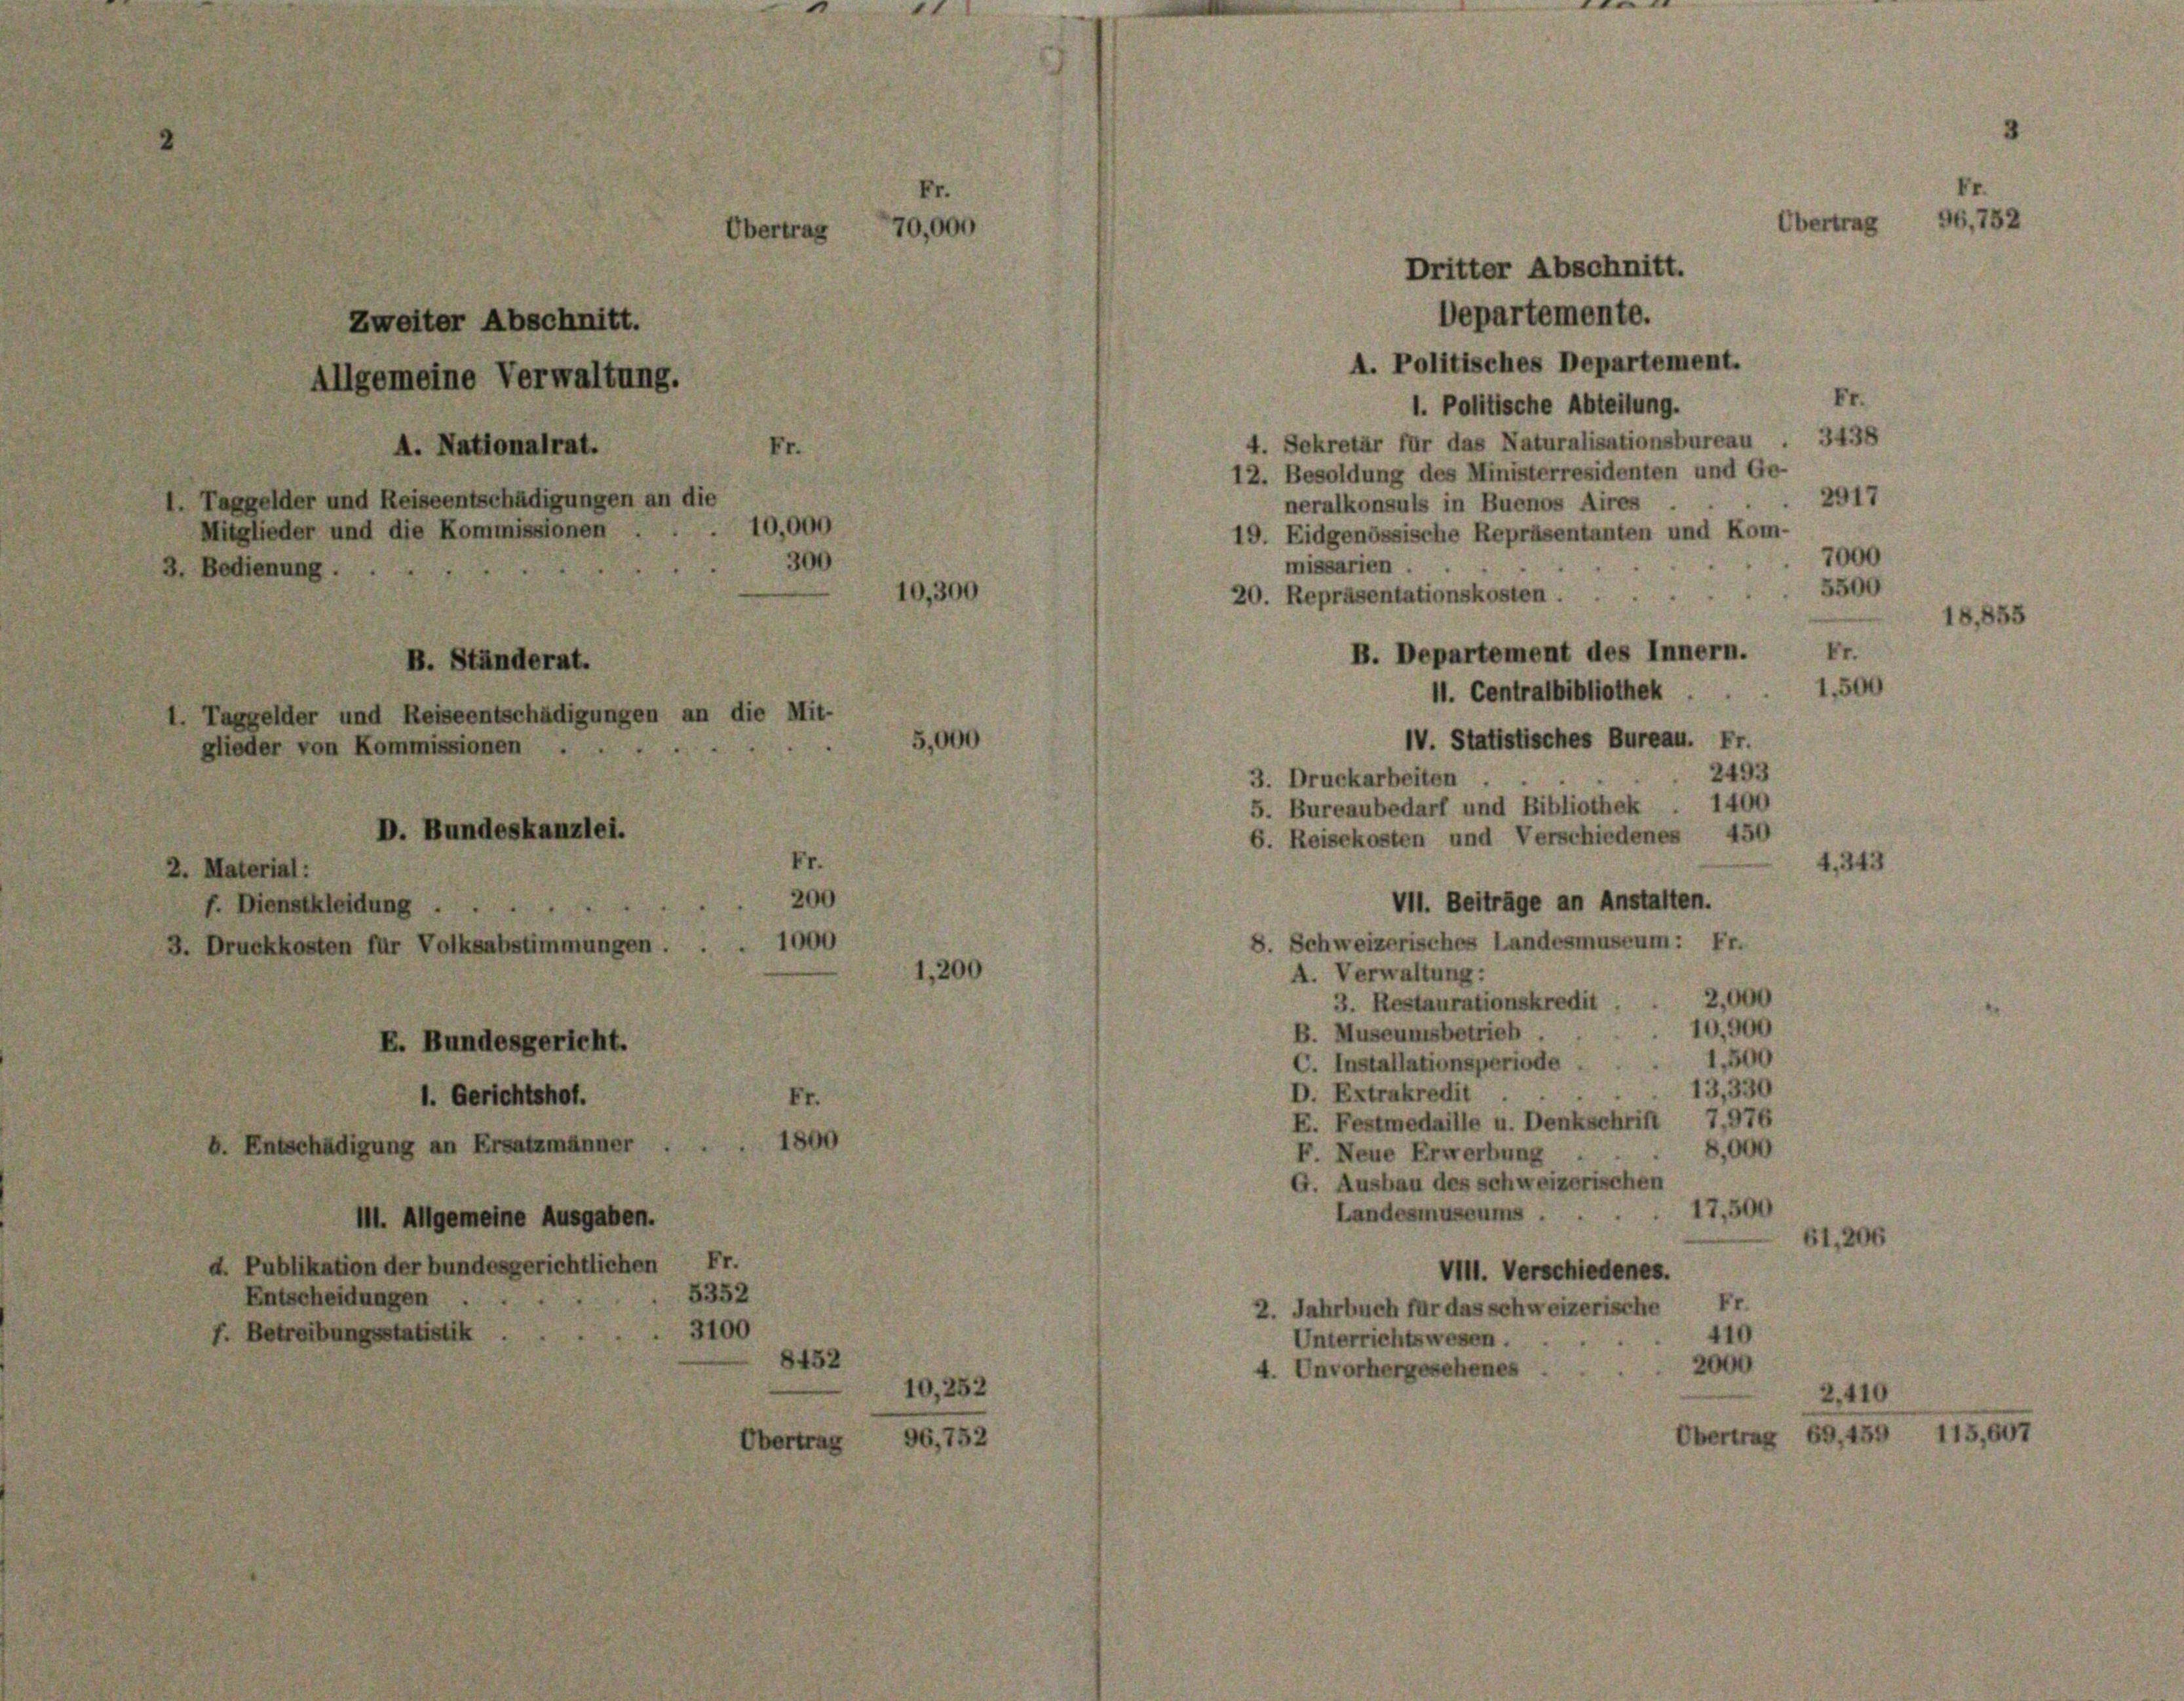
Zweiter Abschnitt.
Allgemeine Verwaltung.
A. Nationalrat.
1. Taggelder und Reiseentschädigungen an die
Mitglieder und die Kommissionen
3. Bedienung.

2. Material:
f. Dienstkleidung . .

B. Ständerat.
1. Taggelder und Reiseentschädigungen an die Mi
glieder von Kommissionen
D. Bundeskanzlei.
1.
3. Druckkosten für Volksabstimmungen
E. Bundesgericht.
1. Gerichtshof.
b. Entschädigung an Ersatzmänner
II. Allgemeine Ausgaben.

d. Publikation der bundesgerichtlichen Fr.
53.
Entscheidungen
31
f. Betreibungsstatistik

Fr.
70,000
Übertrag

10,000

10,300

10,252

96,752

Departemente.
A. Politisches Departement.
Fr.
1. Politische Abteilung.
3438
4. Sekretär für das Naturalisationsbureau
12. Besoldung des Ministerresidenten und Ge-
2917
neralkonsuls in Buenos Aires
19. Eidgenössische Repräsentanten und Kom-
7000
missarien . .
20. Repräsentationskosten.
B. Departement des Innern. Fr.
H. Centralbibliothek
IV. Statistisches Bureau. Fr.
2493
3. Druckarbeiten
5. Bureaubedarf und Bibliothek . 1400
6. Reisekosten und Verschiedenes 450
t, 24.
VII. Beiträge an Anstalten.
S. Schweizerisches Landesmuseum: Fr.
A. Verwaltung:
2,000
3. Restaurationskredit
10,900
B. Museumsbetrieb.
1,500
C. Installationsperiode.
13,330
D. Extrukredit .
E. Festmedaille u. Denkschrift 7,976
8,000
F. Neue Erwerbung
G. Ausbau des schweizerischen
17,500
Landesmuseums .
1,20
VIII. Verschiedenes.
2. Jahrbuch für das schweizerische Fr.
410
Unterrichtswesen.
2000
Unvorhergesehenes

Dritter Abschnitt.

1,500

Übertrag

5500

2.410
Übertrag 69, 459 115,607

96,752

18,855